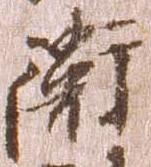
衛